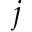
j